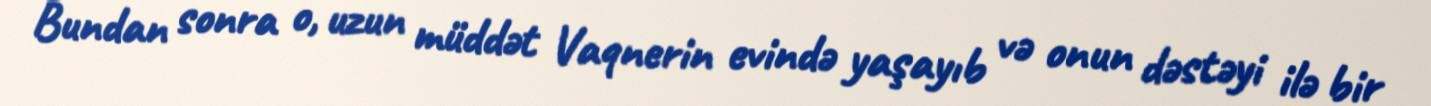
Bundan sonra o, uzun müddət Vaqnerin evində yaşayıb və onun dəstəyi ilə bir